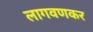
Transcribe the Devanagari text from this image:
लागवणकर